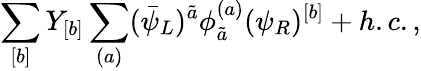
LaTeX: \sum_{[b]}Y_{[b]}\sum_{(a)}(\bar{\psi}_{L})^{\tilde{a}}\phi_{\tilde{a}}^{(a)}(\psi_{R})^{[b]}+h.c.,